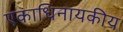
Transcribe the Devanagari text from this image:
एकाधिनायकीय